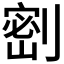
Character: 𭄋